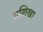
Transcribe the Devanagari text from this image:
प्रशिखा